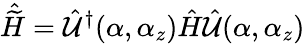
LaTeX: \hat{\widetilde{H}}=\hat{\cal U}^{\dagger}(\alpha,\alpha_{z})\hat{H}\hat{\cal{U}}(\alpha,\alpha_{z})